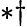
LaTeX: \ast\dagger